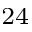
^ { 2 4 }